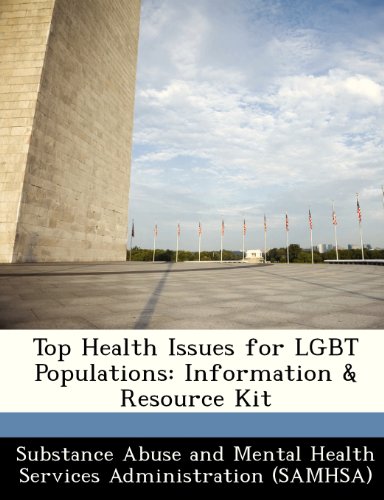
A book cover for Top Health Issues for LGBT Populations: Information & Resource Kit (HHS Publication); Gay & Lesbian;